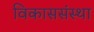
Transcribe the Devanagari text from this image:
विकाससंस्था